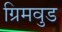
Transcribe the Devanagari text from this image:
ग्रिमवुड